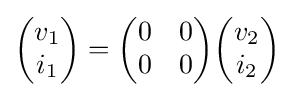
{\begin{pmatrix}v_{1}\\i_{1}\end{pmatrix}}={\begin{pmatrix}0&0\\0&0\end{pmatrix}}{\begin{pmatrix}v_{2}\\i_{2}\end{pmatrix}}